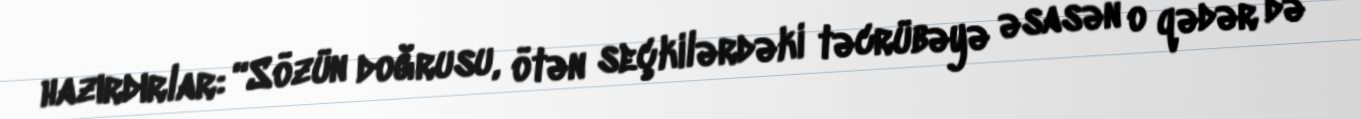
hazırdırlar: “Sözün doğrusu, ötən seçkilərdəki təcrübəyə əsasən o qədər də